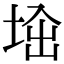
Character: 𡌜